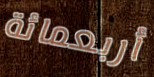
أربعمائة